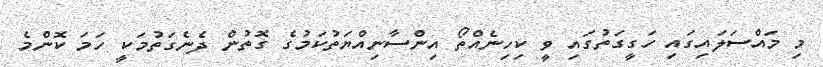
މި މައްސަލައިގައި ހަގީގަތުގައި ވީ ކިހިނެއްތޯ އިންސާނިއްޔަތުކަމުގެ ގޮތުން ދެނެގަތުމަކީ ހަމަ ކޮންމެ